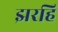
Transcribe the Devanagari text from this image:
झरहि